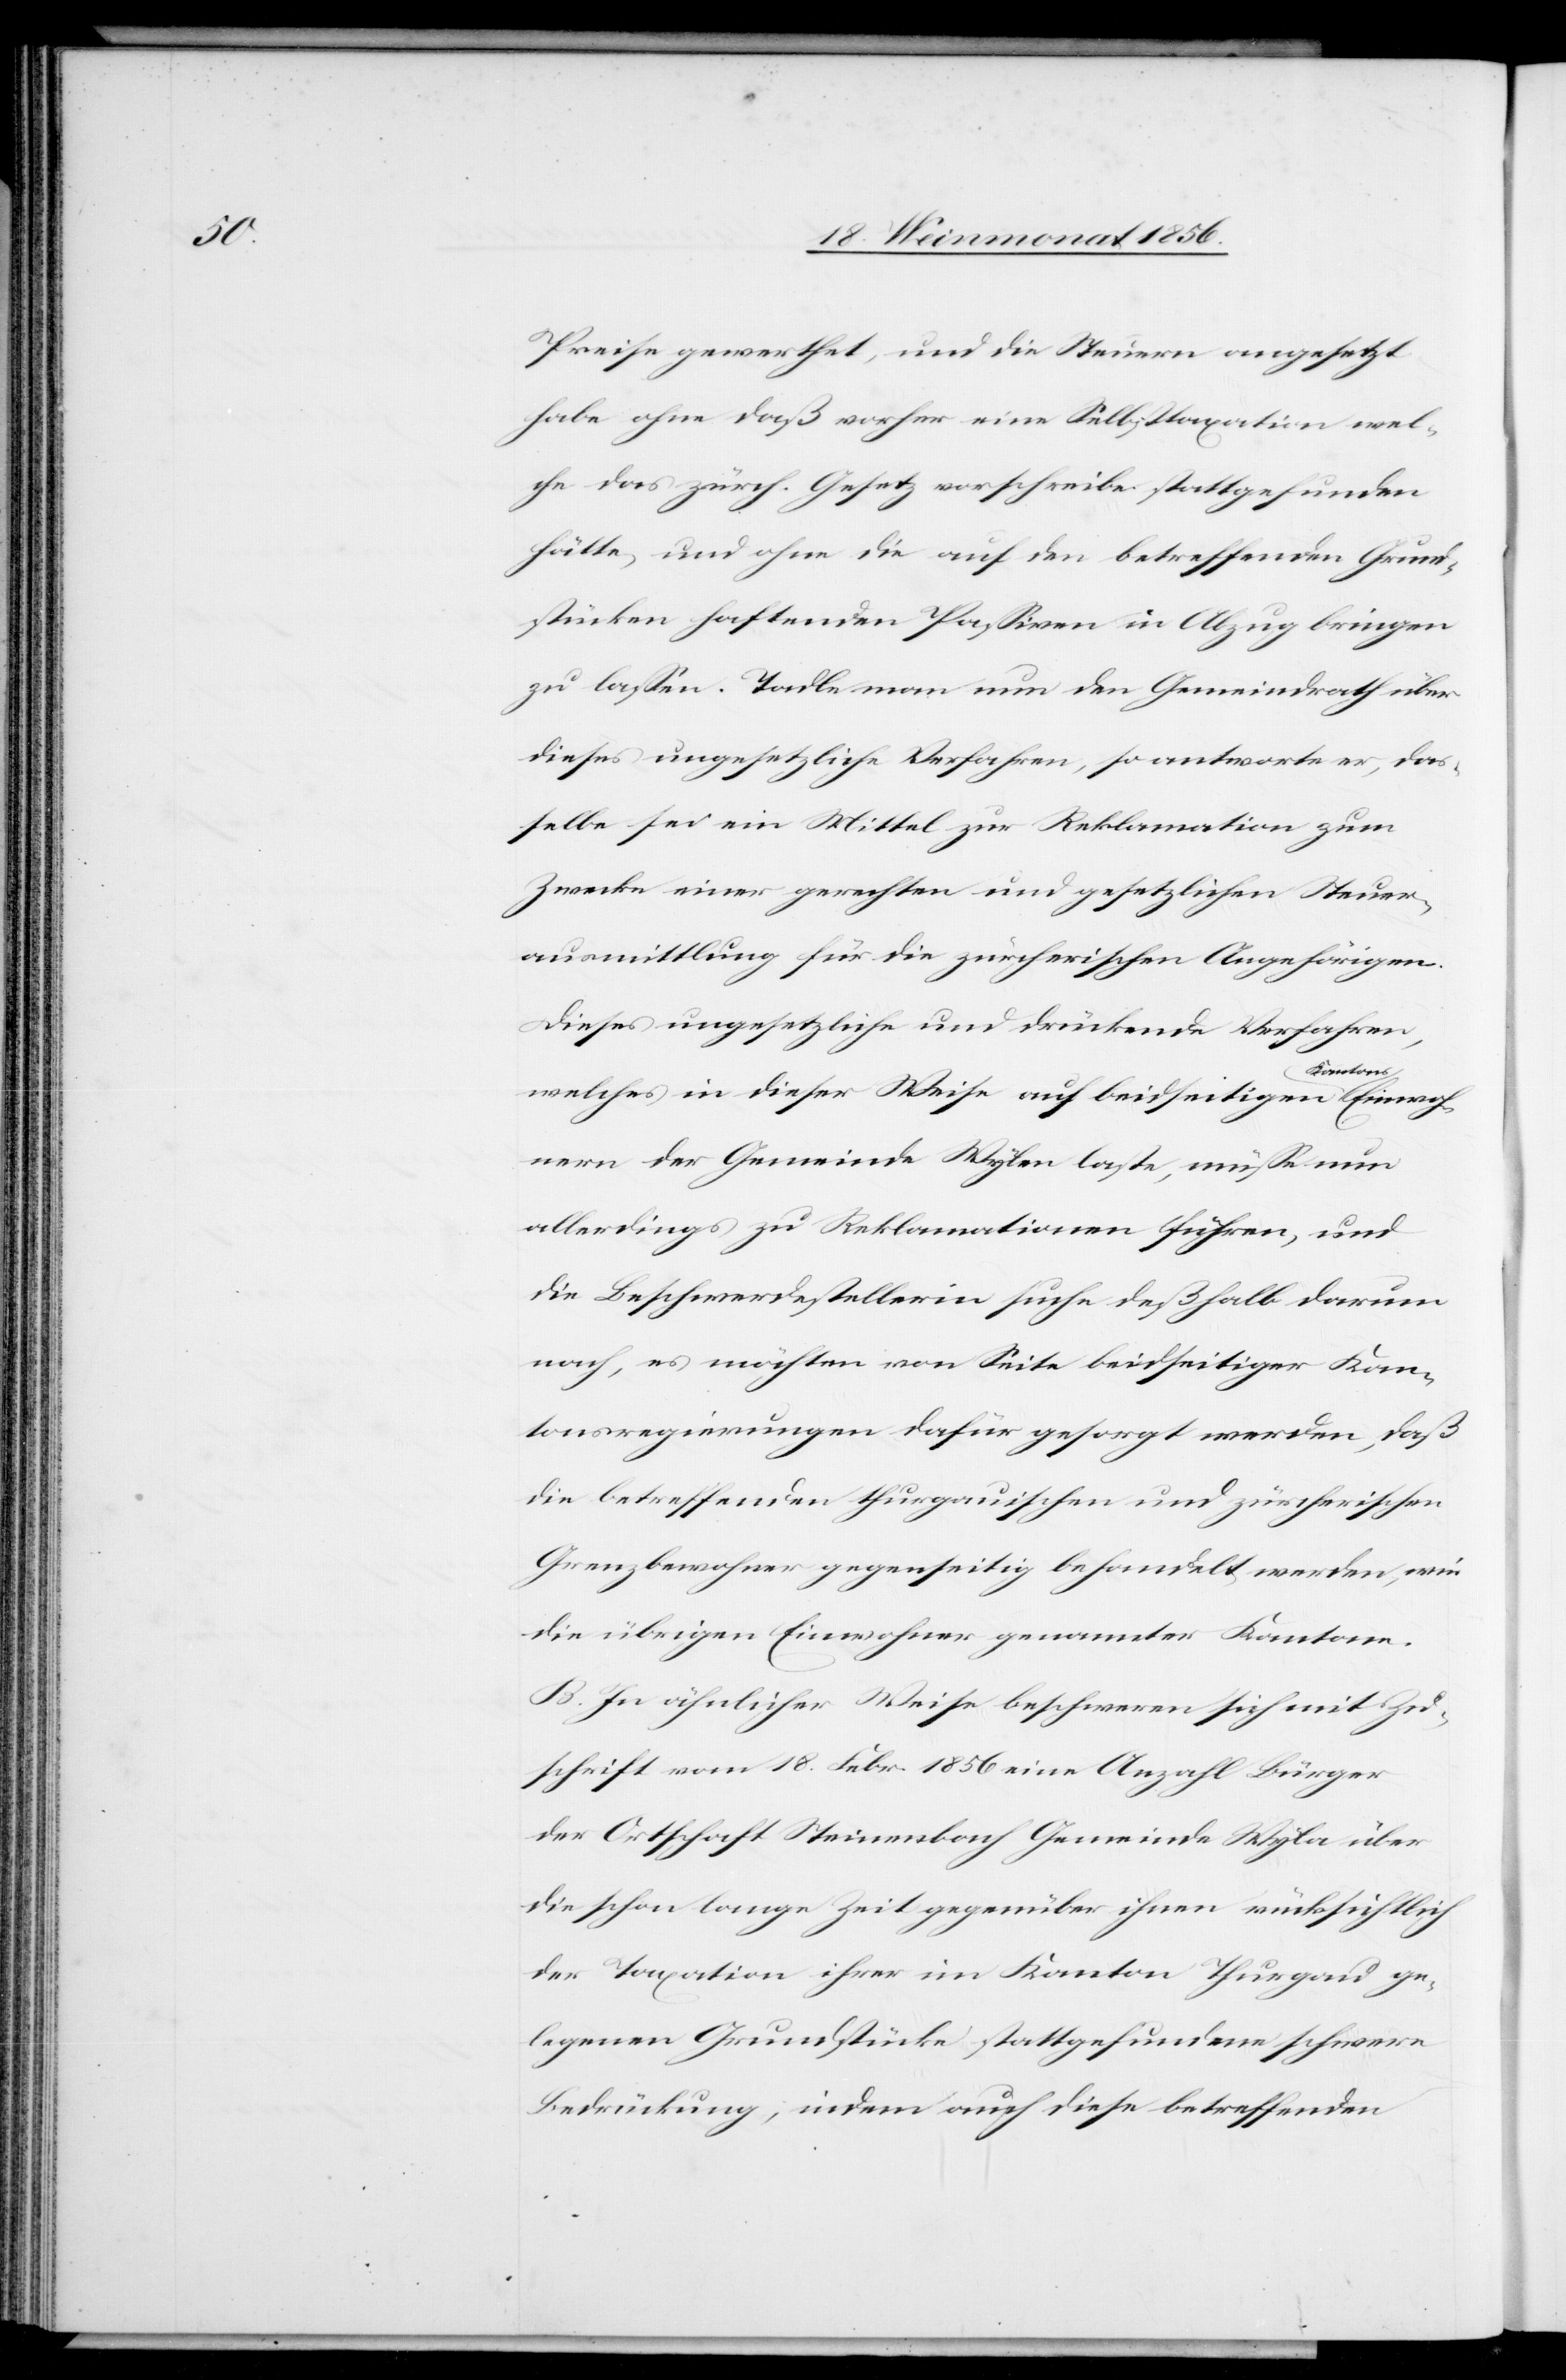
Preise gewerthet, und die Steuern angesetzt
habe ohne daß vorher eine Selbsttaxation wel¬
che das zürch. Gesetz vorschreibe stattgefunden
hätte, und ohne die auf den betreffenden Grund¬
stücken haftenden Passiven in Abzug bringen
zu lassen. Tadle man nun den Gemeindrath über
dieses ungesetzliche Verfahren, so antworte er, das¬
selbe sei ein Mittel zur Reklamation zum
Zwecke einer gerechten und gesetzlichen Steuer¬
ausmittlung für die zürcherischen Angehörigen.
Dieses ungesetzliche und drückende Verfahren,
Einwoh¬
welches in dieser Weise auf beidseitigen
nern der Gemeinde Wylen laste, müsse nun
allerdings zu Reklamationen führen, und
die Beschwerdestellerin suche deßhalb darum
nach, es möchten von Seite beidseitiger Kan¬
tonsregierungen dafür gesorgt werden, daß
die betreffenden thurgauischen und zürcherischen
Grenzbewohner gegenseitig behandelt werden, wie
die übrigen Einwohner genannter Kantone.
B. In ähnlicher Weise beschweren sich mit Zu¬
schrift vom 18. Febr. 1856 eine Anzahl Bürger
der Ortschaft Steinenbach Gemeinde Wyla über
die schon lange Zeit gegenüber ihnen rücksichtlich
der Taxation ihrer im Kanton Thurgau ge¬
legenen Grundstücke stattgefundene schwere
Bedrückung; indem auch diese betreffenden